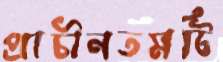
প্রাচীনতমটি